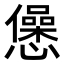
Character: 𢤁